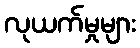
လုယက်မှုများ